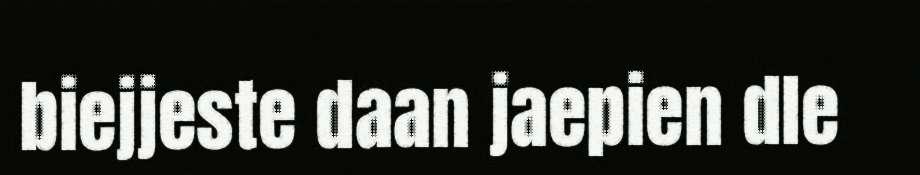
biejjeste daan jaepien dle